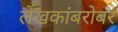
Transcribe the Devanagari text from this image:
लेखकांबरोबर